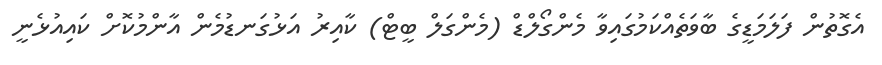
އެގޮތުން ފަލަމަޑީގެ ބާވަތެއްކަމުގައިވާ މެންގޯލްޑް (މެންގަލް ބީޓް) ކާއިރު އަޅުގަނޑުމެން އާންމުކޮށް ކައިއުޅެނީ